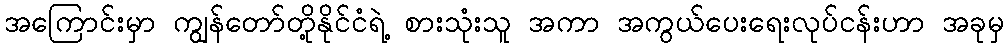
အကြောင်းမှာ ကျွန်တော်တို့နိုင်ငံရဲ့ စားသုံးသူ အကာ အကွယ်ပေးရေးလုပ်ငန်းဟာ အခုမှ